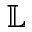
\mathbb { L }